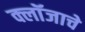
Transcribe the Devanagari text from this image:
क्लॉजाचे